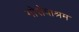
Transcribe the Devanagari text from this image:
गोसेवाश्रम